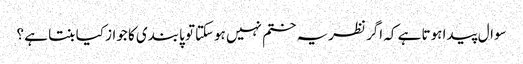
سوال پیدا ہوتا ہے کہ اگر نظریہ ختم نہیں ہوسکتاتو پابندی کا جواز کیا بنتا ہے ؟